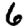
Digit: 6